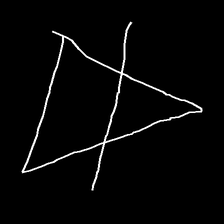
Glyph: empower